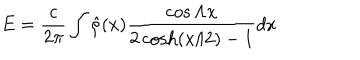
E = { \frac { c } { 2 \pi } } \int \hat { \rho } ( x ) { \frac { \cos \Lambda x } { 2 \cosh ( x / 2 ) - 1 } } d x